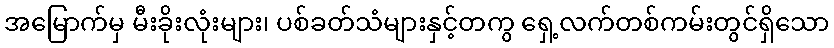
အမြောက်မှ မီးခိုးလုံးများ၊ ပစ်ခတ်သံများနှင့်တကွ ရှေ့လက်တစ်ကမ်းတွင်ရှိသော